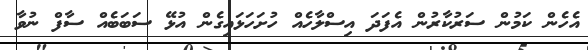
އެހެން ކަމުން ސަރުކާރުން އެފަދަ އިސްލާހެއް ހުށަހަޅައިގެން އުޅޭ ސަބަބެއް ސާފް ނުވާ